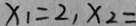
x _ { 1 } = 2 , x _ { 2 } =